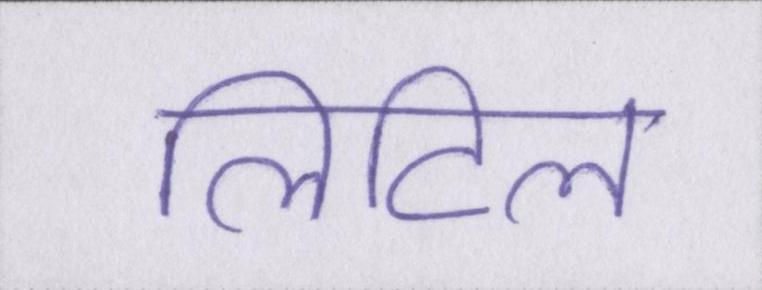
लिटिल